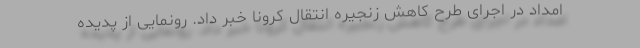
امداد در اجرای طرح کاهش زنجیره انتقال کرونا خبر داد. رونمایی از پدیده